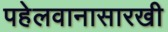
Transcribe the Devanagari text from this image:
पहेलवानासारखी